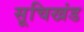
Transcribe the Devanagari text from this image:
सूचिखंड